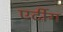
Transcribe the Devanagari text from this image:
एर्टीग